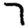
Digit: 7